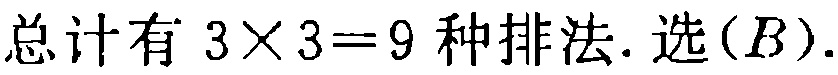
总计有 \(3\times3 = 9\) 种排法. 选\((B)\).